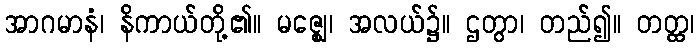
အာဂမာနံ၊ နိကာယ်တို့၏။ မဇ္ဈေ၊ အလယ်၌။ ဌတွာ၊ တည်၍။ တတ္ထ၊